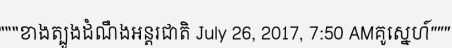
"""ខាងត្បូងដំណឹងអន្តរជាតិ July 26, 2017, 7:50 AMគូស្នេហ៍"""